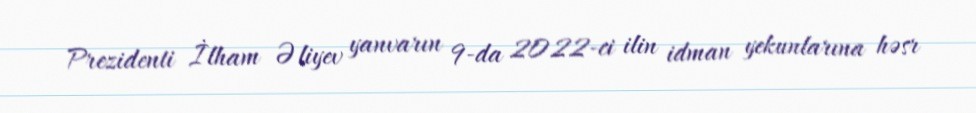
Prezidenti İlham Əliyev yanvarın 9-da 2022-ci ilin idman yekunlarına həsr